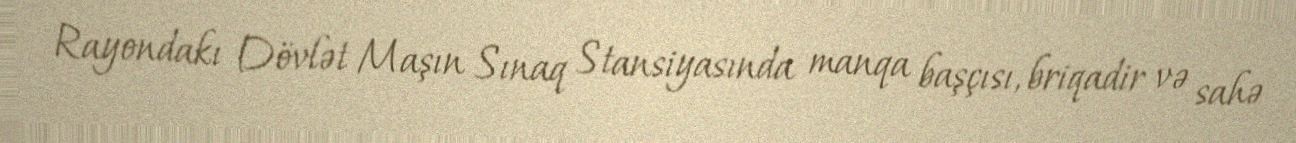
Rayondakı Dövlət Maşın Sınaq Stansiyasında manqa başçısı, briqadir və sahə